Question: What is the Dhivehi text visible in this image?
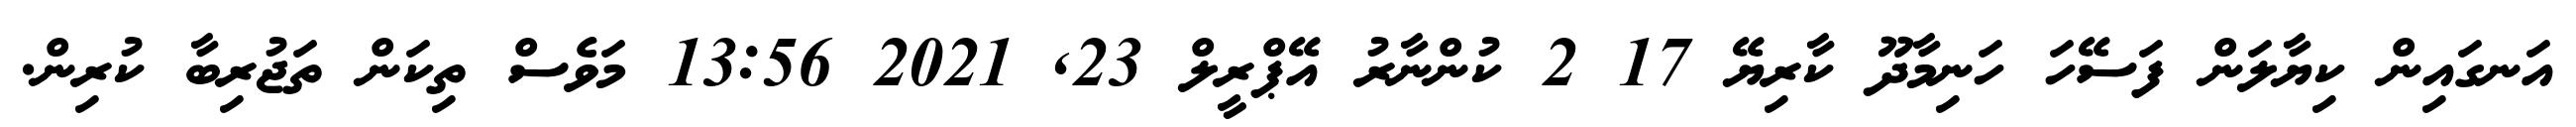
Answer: އަނގައިން ކިޔާލަން ފަސޭހަ ހަނިމާދޫ ކާރިޔޭ 17 2 ކުންނާރު އޭޕްރީލް 23, 2021 13:56 މަވެސް ތިކަން ތަޖުރިބާ ކުރިން.